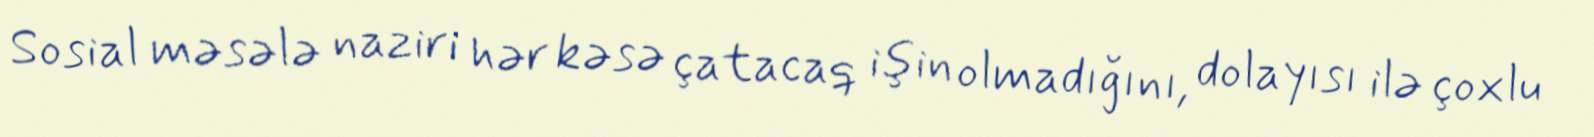
Sosial məsələ naziri hər kəsə çatacaq işin olmadığını, dolayısı ilə çoxlu